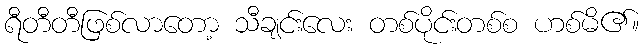
ရီတီတီဖြစ်လာတော့ သီချင်းလေး တစ်ပိုင်းတစ်စ ဟစ်မိ၏။